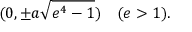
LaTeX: ( 0 , \pm a { \sqrt { e ^ { 4 } - 1 } } ) \quad ( e > 1 ) .